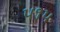
૫૧૫